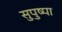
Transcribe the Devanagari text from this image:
सुपुष्पा